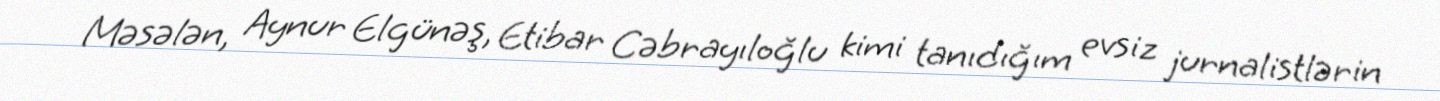
Məsələn, Aynur Elgünəş, Etibar Cəbrayıloğlu kimi tanıdığım evsiz jurnalistlərin